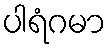
ပါရံဂမာ